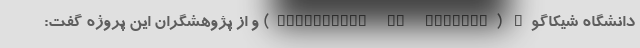
دانشگاه شیکاگو" (University of Chicago) و از پژوهشگران این پروژه گفت: